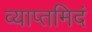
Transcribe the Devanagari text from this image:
व्याप्तमिदं